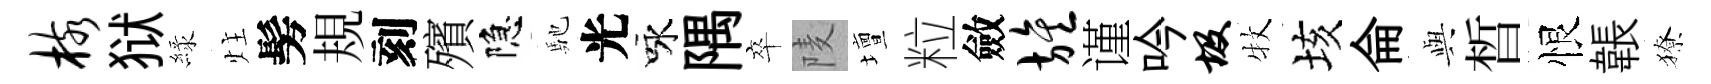
核狱緑炷髣規刻殯隐馳光咏隅卒𨹧壇粒斂旌谨吟圾牧垓侖𫤰晳恨韔獠